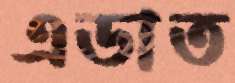
এডাত